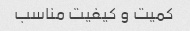
کمیت و کیفیت مناسب